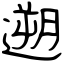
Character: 遡